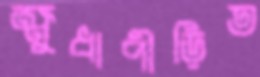
ক্ষুধাপীড়িত